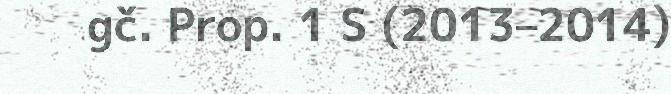
gč. Prop. 1 S (2013–2014)